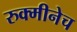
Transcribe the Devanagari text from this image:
रुक्मीनेच